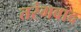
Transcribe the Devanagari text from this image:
तरंगवाद